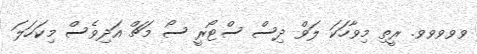
ވވވވވ. ރީތި މިވާހަކަ ލަވް ދިސް ސްޓޯރީ ސޯ މަޗް އަދިވެސް މިކަހަލަ